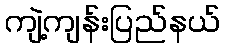
ကျဲ့ကျန်းပြည်နယ်